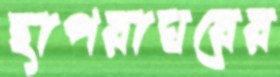
ছাপরাঘরের